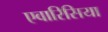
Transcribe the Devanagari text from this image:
एवारिसिया